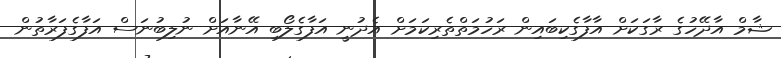
ޝާމް އާދޭހުގެ ރާގަކަށް އާފާގެކިބައިން ރަހުމަތްތެރިކަމަށް އެދުނީ އަފާގެލޯބި އޭނާއަށް ނުލިބުނަސް އަފާގެފަރާތުން